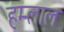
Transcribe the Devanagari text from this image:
हम्लाल